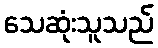
သေဆုံးသူသည်